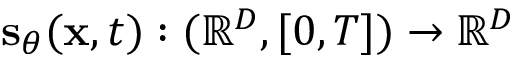
\mathbf { s } _ { \theta } ( \mathbf { x } , t ) : ( \mathbb { R } ^ { D } , [ 0 , T ] ) \rightarrow \mathbb { R } ^ { D }